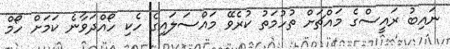
ނައިބު ރައީސްގެ މައްޗަށް ތުހުމަތު ކުރެވޭ މައްސަލައިގެ ހެކި ހޯއްދަވާނެ ކަމަށް ހޯމް